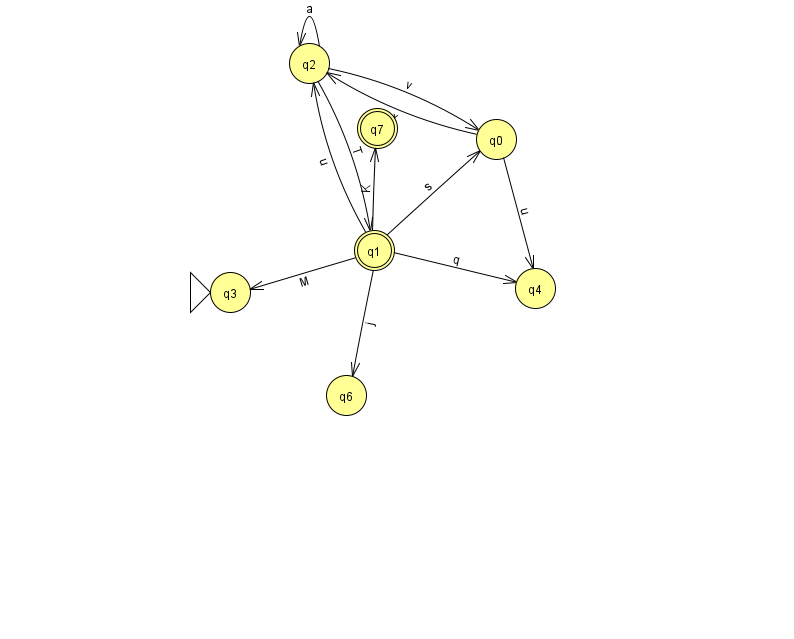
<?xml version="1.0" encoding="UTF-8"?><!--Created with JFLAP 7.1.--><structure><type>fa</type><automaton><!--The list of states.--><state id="0" name="q0"><x>496.0</x><y>126.0</y></state><state id="1" name="q1"><x>374.0</x><y>237.0</y><final/></state><state id="2" name="q2"><x>309.0</x><y>50.0</y></state><state id="3" name="q3"><x>230.0</x><y>279.0</y><initial/></state><state id="4" name="q4"><x>535.0</x><y>275.0</y></state><state id="6" name="q6"><x>346.0</x><y>382.0</y></state><state id="7" name="q7"><x>377.0</x><y>115.0</y><final/></state><!--The list of transitions.--><transition><from>2</from><to>2</to><read>a</read></transition><transition><from>0</from><to>2</to><read>x</read></transition><transition><from>1</from><to>6</to><read>j</read></transition><transition><from>1</from><to>7</to><read>K</read></transition><transition><from>1</from><to>0</to><read>s</read></transition><transition><from>0</from><to>4</to><read>u</read></transition><transition><from>1</from><to>4</to><read>q</read></transition><transition><from>2</from><to>1</to><read>T</read></transition><transition><from>1</from><to>2</to><read>u</read></transition><transition><from>1</from><to>3</to><read>M</read></transition><transition><from>2</from><to>0</to><read>v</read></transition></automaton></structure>